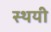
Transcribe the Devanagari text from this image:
स्‍थयी